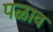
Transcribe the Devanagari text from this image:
पळाव